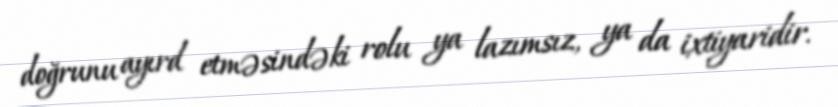
doğrunu ayırd etməsindəki rolu ya lazımsız, ya da ixtiyaridir.